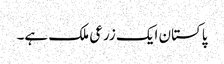
پاکستان ایک زرعی ملک ہے۔